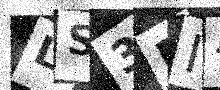
Text: LS3DI4